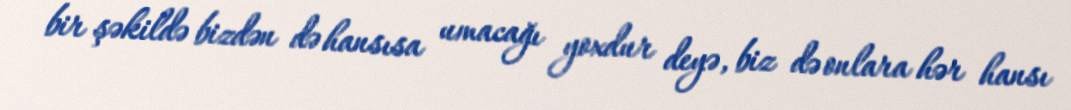
bir şəkildə bizdən də hansısa umacağı yoxdur deyə, biz də onlara hər hansı